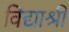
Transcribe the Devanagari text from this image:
विद्याश्री